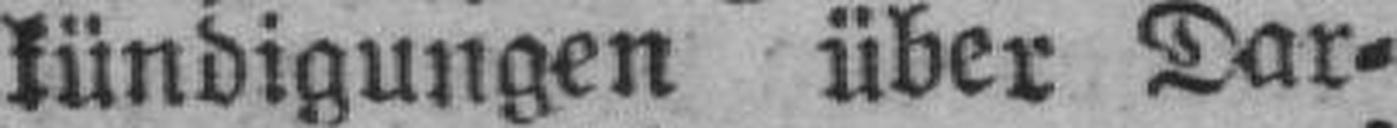
kündigungen über Dar¬